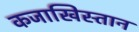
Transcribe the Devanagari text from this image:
कजाखिस्तान